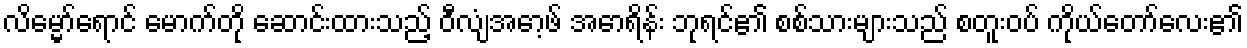
လိမ္မော်ရောင် မောက်တို ဆောင်းထားသည့် ဝီလျံအော့ဖ် အောရိန်း ဘုရင်၏ စစ်သားများသည် စတူးဝပ် ကိုယ်တော်လေး၏